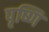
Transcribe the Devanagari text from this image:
पृष्णि